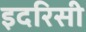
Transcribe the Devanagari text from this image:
इदरिसी